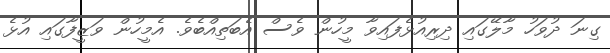
ގިނަ ދުވަހު މާލޭގައި ދިރިއުޅެފައިވާ މީހުން ވެސް އެބަތިއްބެވެ. އެމީހުން ވަޒީފާގައި އުޅެ